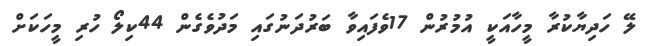
ލޭ ހަދިޔާކުރާ މީހާއަކީ އުމުރުން 17ވެފައިވާ ބަރުދަނުގައި މަދުވެގެން 44ކިލޯ ހުރި މީހަކަށް